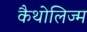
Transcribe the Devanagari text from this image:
कैथोलिज्म